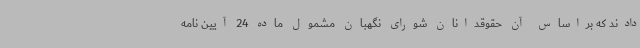
دادند که براساس آن حقوقدانان شورای نگهبان مشمول ماده 24 آیین نامه